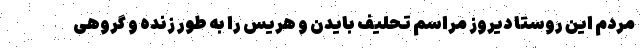
مردم این روستا دیروز مراسم تحلیف بایدن و هریس را به طور زنده و گروهی